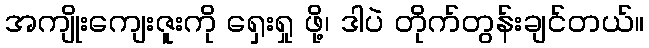
အကျိုးကျေးဇူးကို ရှေးရှု ဖို့၊ ဒါပဲ တိုက်တွန်းချင်တယ်။